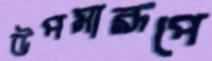
উপমারূপে